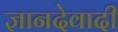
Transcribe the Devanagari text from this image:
ज्ञानदेवादी